Sanitation, dispensaries and jails vaccination Rajputana 1922-1927 - 1922-1927
Year: 1922
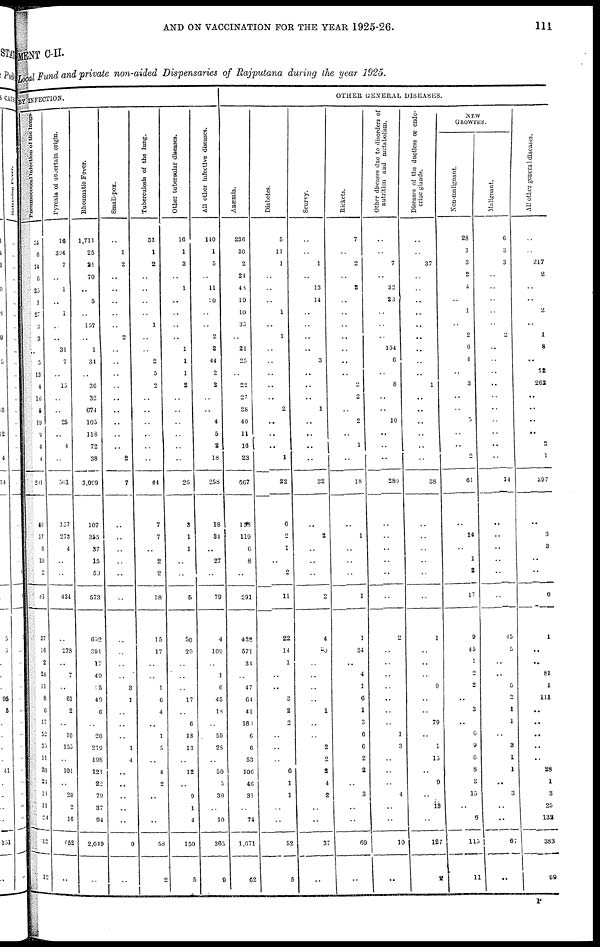
AND ON VACCINATION FOR THE YEAR 1925-26.
111
MENT
C-II.
Local Fund and private non-aided Dispensaries of Rajputana during the year 1925.
BY INFECTION.
Pneumococcal Infection of the lungs.
34
6
14
6
25
1
27
3
3
..
5
13
4
16
8
19
9
4
4
201
46
17
6
10
2
81
37
16
2
24
11
8
6
17
52
35
11
20
21
11
11
24
12
12
Pyrexia of uncertain origin.
16
394
..
..
1
..
1
..
..
31
7
..
15
..
..
25
..
4
..
501
157
273
4
..
..
434
..
278
..
7
..
61
2
..
10
155
..
101
..
20
2
16
652
..
Rheumatic Fever.
1,711
25
21
70
..
5
..
157
..
1
34
..
36
32
674
105
118
72
38
3,099
107
355
37
15
59
573
652
391
17
49
05
49
6
..
20
219
198
121
22
79
37
94
2,049
..
Small-pox.
..
1
2
..
..
..
..
..
2
..
..
..
..
..
..
..
..
..
2
7
..
..
..
..
..
..
..
..
..
..
3
1
..
..
..
1
4
..
..
..
..
..
9
..
Tuberculosis of the lung.
31
1
2
..
..
..
..
1
..
..
2
5
2
..
..
..
..
..
..
44
7
7
..
2
2
18
15
17
..
..
1
6
4
..
1
5
..
4
2
..
..
..
58
2
Other tubercular diseases.
16
1
3
..
1
..
..
..
..
1
1
1
2
..
..
..
..
..
..
26
3
1
1
..
..
5
50
29
..
..
..
17
..
6
18
13
..
12
..
9
1
4
159
5
All other Infective diseases.
140
1
5
..
11
20
..
..
2
2
44
2
2
..
..
4
5
2
18
258
18
34
..
27
..
79
4
100
..
1
06
45
18
..
59
28
..
50
5
30
..
10
365
9
OTHER GENERAL DISEASES.
Anœmia.
236
30
2
21
48
19
10
35
..
21
25
..
22
27
28
40
11
16
23
667
195
119
6
8
..
291
432
571
34
..
47
64
41
160
6
6
53
106
46
31
..
74
1,671
62
Diabetes.
5
11
1
..
..
..
1
..
1
..
..
..
..
..
2
..
..
..
1
22
6
2
1
..
2
11
22
14
1
..
..
3
2
2
..
..
..
6
1
1
..
..
52
5
Scurvy.
..
..
1
..
13
14
..
..
..
..
3
..
..
..
1
..
..
..
..
32
..
2
..
..
..
2
4
20
..
..
..
..
1
..
..
2
2
2
4
2
..
..
37
..
Rickets.
7
..
2
..
2
..
..
..
..
..
..
..
2
2
..
2
..
1
..
18
..
1
..
..
..
1
1
34
..
4
1
6
1
3
6
6
2
2
..
3
..
..
69
..
Other diseases due to disorders of
nutrition and metabolism.
..
..
7
..
32
23
..
..
..
194
6
..
8
..
..
10
..
..
..
230
..
..
..
..
..
..
2
..
..
..
..
..
..
..
1
3
..
..
..
4
..
..
10
..
Diseases of the ductless or endo-
crine glands.
..
..
37
..
..
..
..
..
..
..
..
..
1
..
..
..
..
..
..
38
..
..
..
..
..
..
1
..
..
..
9
..
..
79
..
1
15
..
9
..
13
1
127
2
NEW
GROWTHS.
Non-malignant.
28
1
3
2
4
..
1
..
2
6
4
..
3
..
..
5
..
..
2
61
..
14
..
1
2
17
9
45
1
2
2
..
3
..
6
9
6
8
3
15
..
6
115
11
Malignant.
6
3
3
..
..
..
..
..
2
..
..
..
..
..
..
..
..
..
..
14
..
..
..
..
..
..
45
5
..
..
5
2
1
1
..
3
1
1
..
3
..
..
67
..
All other general diseases.
..
..
217
2
..
..
2
..
1
8
..
72
262
..
..
..
..
2
1
297
..
3
3
..
..
6
1
..
..
81
1
111
..
..
..
..
..
38
1
3
25
132
383
99
P